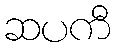
ဆပကီ